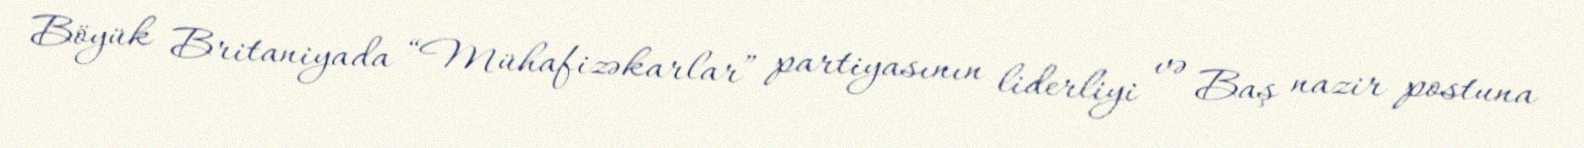
Böyük Britaniyada “Mühafizəkarlar” partiyasının liderliyi və Baş nazir postuna